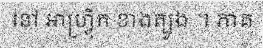
នៅ អាហ្វ្រ៊ិក ខាងត្បូង ។ ភាគ